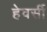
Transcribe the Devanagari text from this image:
हेवर्सी